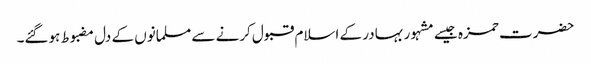
حضرت حمزہ جیسے مشہور بہادر کے اسلام قبول کرنے سے مسلمانوں کے دل مضبوط ہوگئے۔